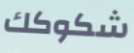
شكوكك